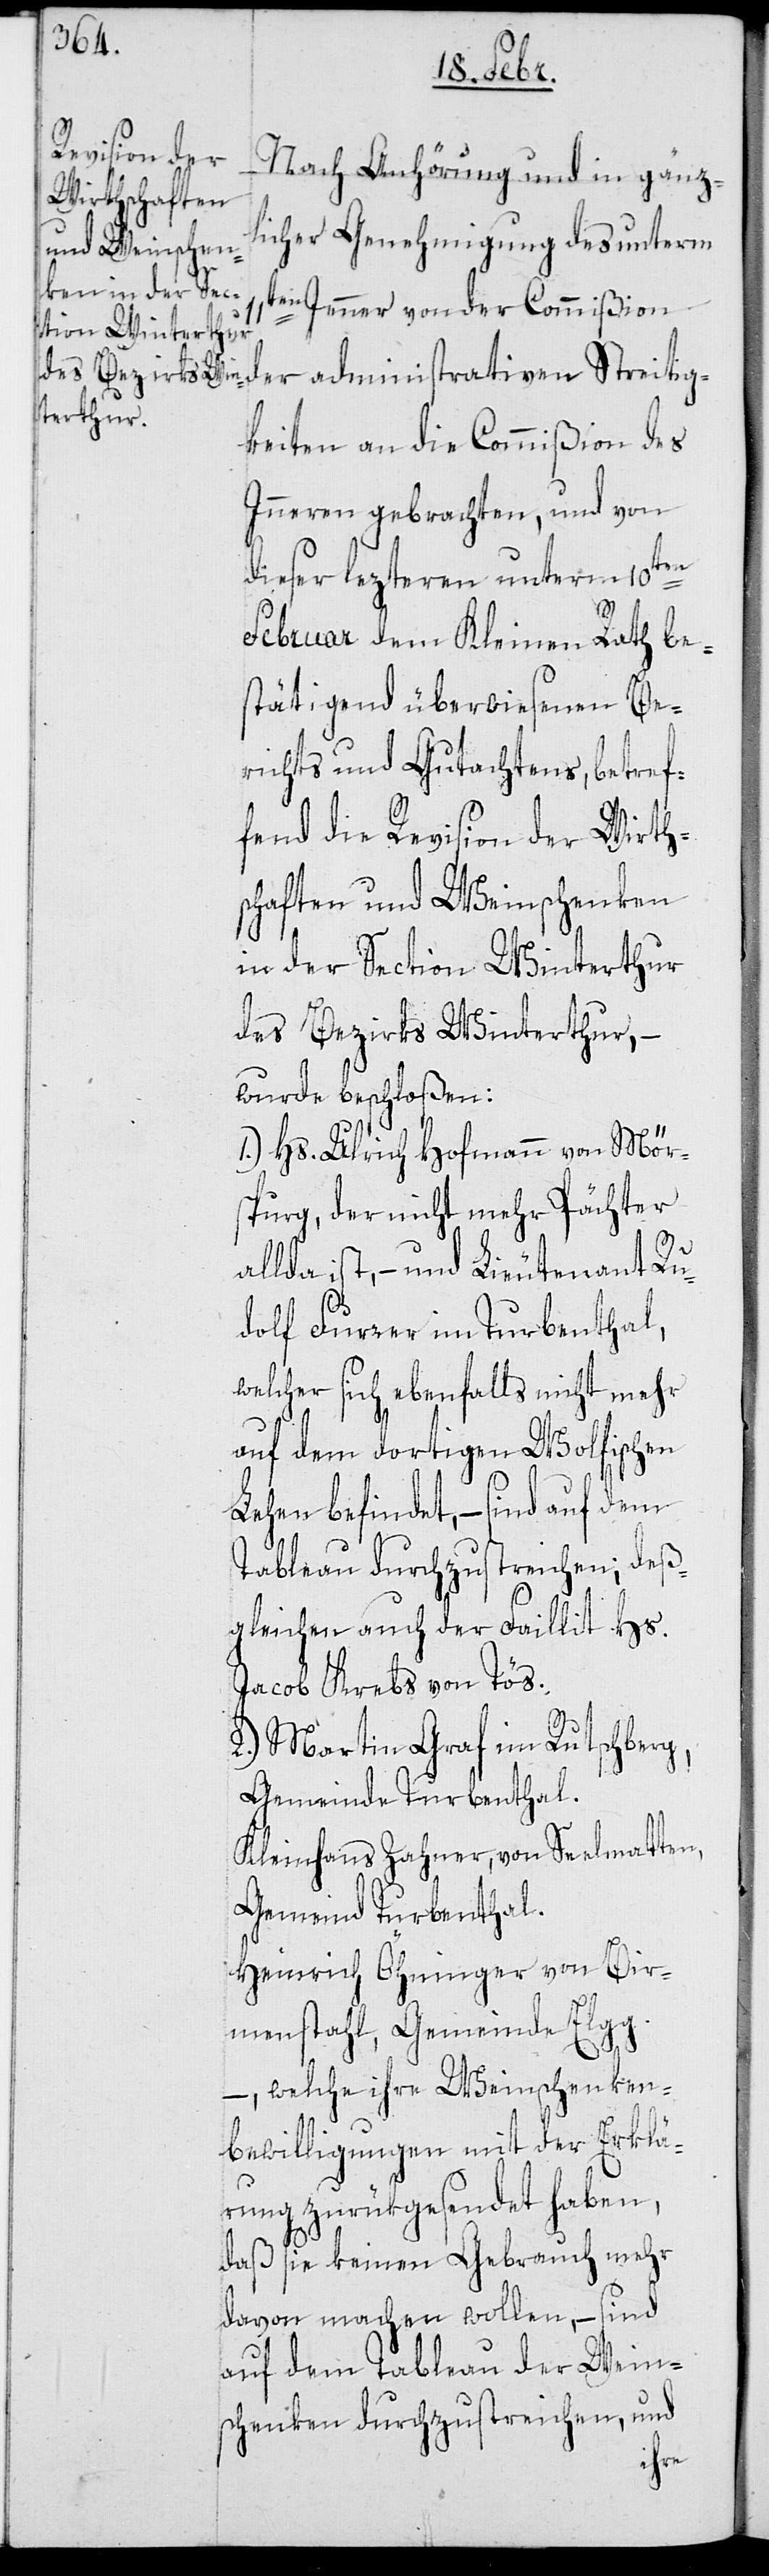
11t¬

Nach Anhörung und in gänz¬
licher Genehmigung des unterm
en Jenner von der Commißion
der administrativen Streitig¬
keiten an die Commißion des
Inneren gebrachten, und von
dieser lezteren unterm 10ten
Februar dem Kleinen Rath be¬
stätigend überwiesenen Be¬
richts und Gutachtens, betref¬
fend die Revision der Wirth¬
schaften und Weinschenken
in der Section Winterthur
des Bezirks Winterthur, –
wurde beschloßen:
1.) Hs. Ulrich Hofmann von Mör¬
spurg, der nicht mehr Pächter
allda ist, – und Lieutenant Ru¬
dolf Furrer im Turbenthal,
welcher sich ebenfalls nicht mehr
auf dem dortigen Wolfischen
Lehen befindet, – sind auf dem
Tableau durchzustreichen; deß¬
gleichen auch der Faillit Hs.
Jacob Krebs von Tös.
2.) Martin Graf im Rutschberg,
Gemeinde Turbenthal.
Kleinhans Zahner von Seelmatten,
Gemeind Turbenthal.
Heinrich Öhninger von Bir¬
menstahl, Gemeinde Elgg.
– welche ihre Weinschenken¬
bewilligungen mit der Erklä¬
rung zurükgesendet haben,
daß sie keinen Gebrauch mehr
davon machen wollen, – sind
auf dem Tableau der Wein¬
schenken durchzustreichen und